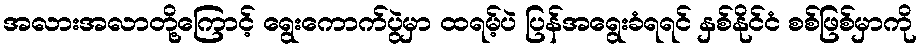
အလားအလာတို့ကြောင့် ရွေးကောက်ပွဲမှာ ထရမ့်ပဲ ပြန်အရွေးခံရရင် နှစ်နိုင်ငံ စစ်ဖြစ်မှာကို